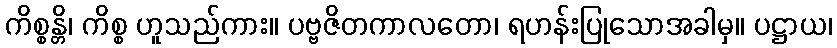
ကိစ္စန္တိ၊ ကိစ္စ ဟူသည်ကား။ ပဗ္ဗဇိတကာလတော၊ ရဟန်းပြုသောအခါမှ။ ပဋ္ဌာယ၊